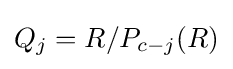
Q_{j}=R/P_{c-j}(R)